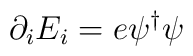
\partial_iE_i=e\psi^\dagger\psi